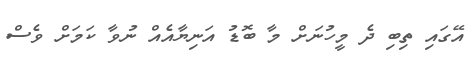
އޭގައި ތިބި ދެ މީހުނަށް މާ ބޮޑު އަނިޔާއެއް ނުވާ ކަމަށް ވެސް